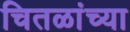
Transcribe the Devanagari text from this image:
चितळांच्या